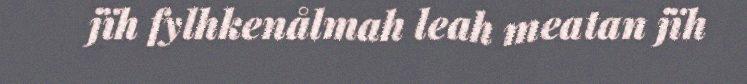
jïh fylhkenålmah leah meatan jïh